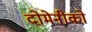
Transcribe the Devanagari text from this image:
दोमेनीको